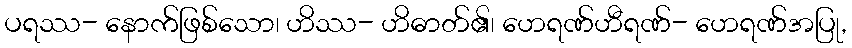
ပရဿ- နောက်ဖြစ်သော၊ ဟိဿ- ဟိဓာတ်၏၊ ဟေရဏ်ဟီရဏ်- ဟေရဏ်အပြု,